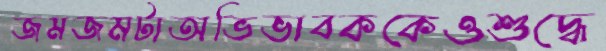
জমজমটাঅভিভাবককেওশুদ্ধে